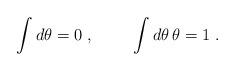
LaTeX: \begin{align*}\int d\theta=0\;, \hspace{1cm} \int d\theta\, \theta=1\;.\end{align*}